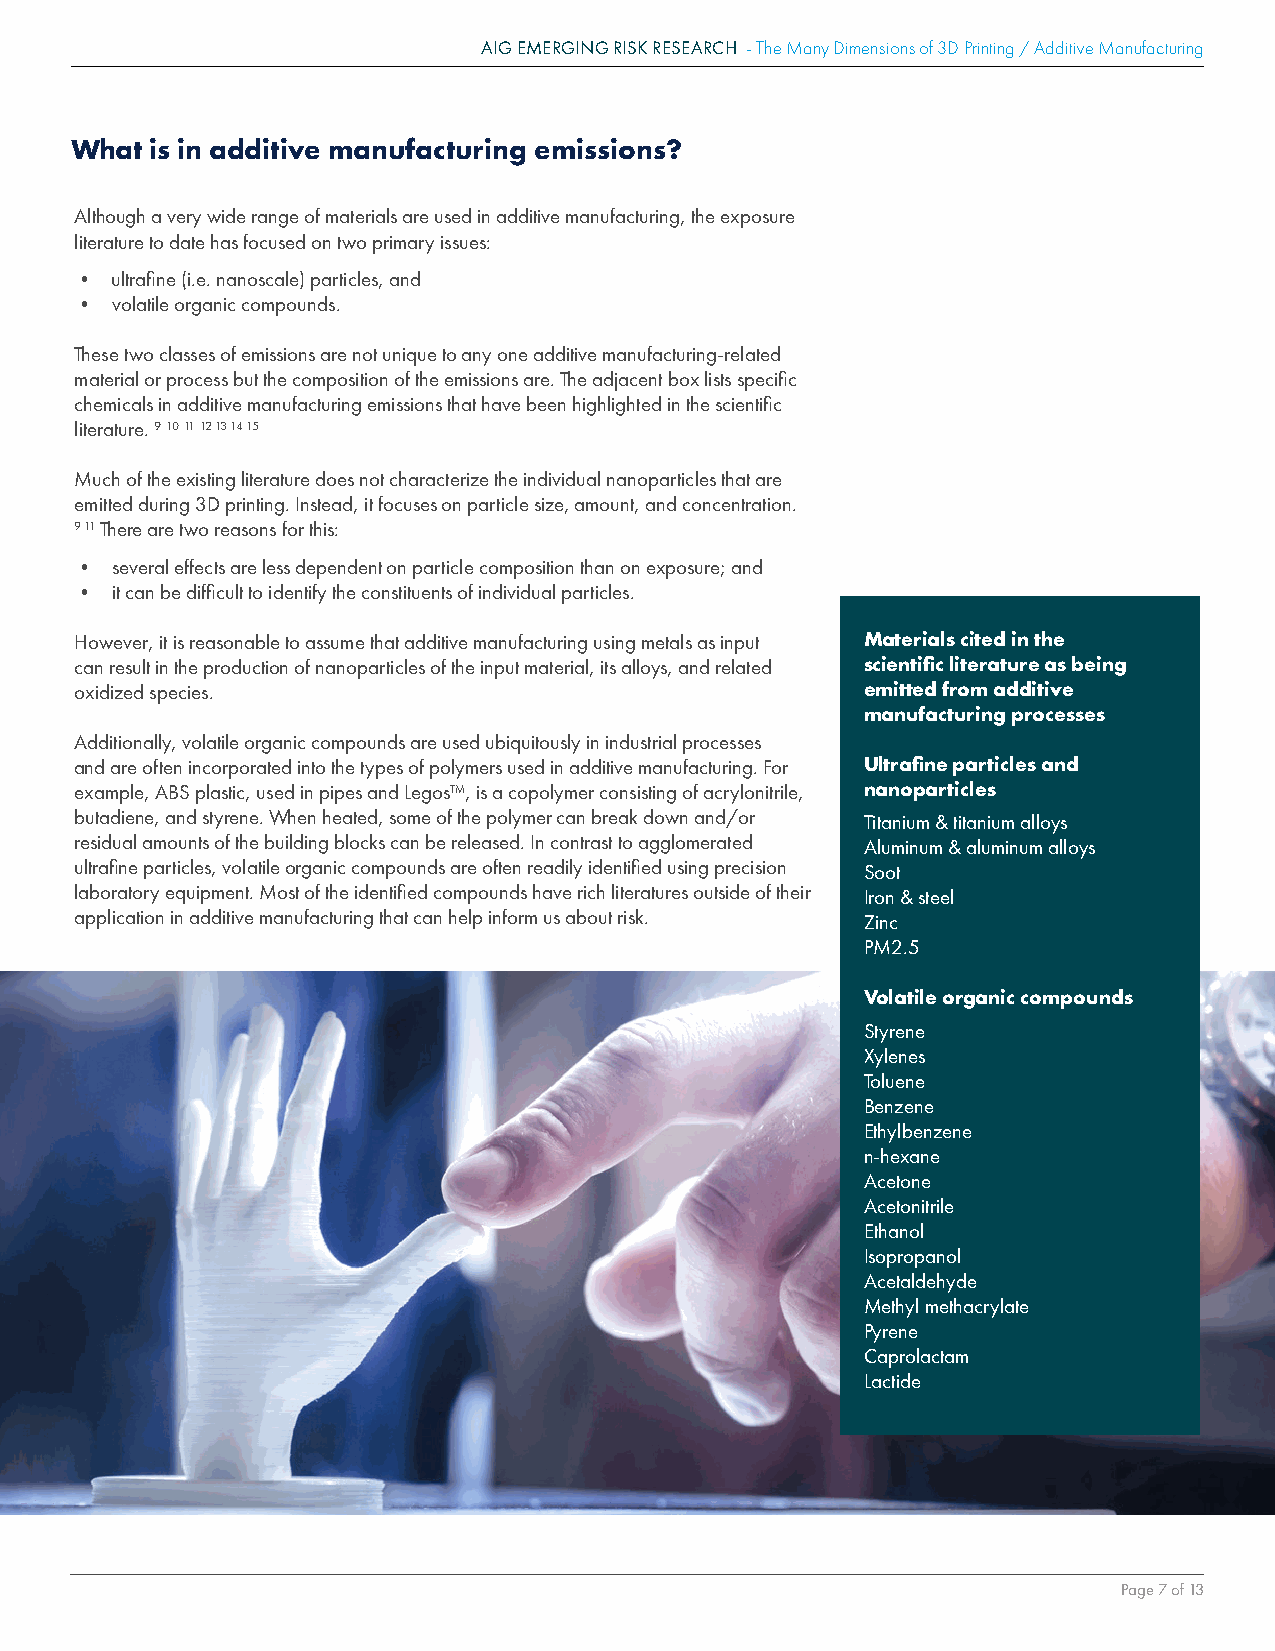
AIG EMERGING RISK RESEARCH - The Many Dimensions of 3D Printing / Additive Manufacturing
 What is in additive manufacturing emissions?
 Although a very wide range of materials are used in additive manufacturing, the exposure
 literature to date has focused on two primary issues:
 • ultrafine (i.e. nanoscale) particles, and
 • volatile organic compounds.
 These two classes of emissions are not unique to any one additive manufacturing-related
 material or process but the composition of the emissions are. The adjacent box lists specific
 chemicals in additive manufacturing emissions that have been highlighted in the scientific
 literature. ₉ 10 11 12 13 14 15
 Much of the existing literature does not characterize the individual nanoparticles that are
 emitted during 3D printing. Instead, it focuses on particle size, amount, and concentration.
 9 11 There are two reasons for this:
 • several effects are less dependent on particle composition than on exposure; and
 • it can be difficult to identify the constituents of individual particles.
 However, it is reasonable to assume that additive manufacturing using metals as input Materials cited in the
 can result in the production of nanoparticles of the input material, its alloys, and related scientific literature as being
 oxidized species.                                   emitted from additive
 manufacturing processes
 Additionally, volatile organic compounds are used ubiquitously in industrial processes
 and are often incorporated into the types of polymers used in additive manufacturing. For Ultrafine particles and
 example, ABS plastic, used in pipes and Legos™, is a copolymer consisting of acrylonitrile, nanoparticles
 butadiene, and styrene. When heated, some of the polymer can break down and/or Titanium & titanium alloys
 residual amounts of the building blocks can be released. In contrast to agglomerated Aluminum & aluminum alloys
 ultrafine particles, volatile organic compounds are often readily identified using precision Soot
 laboratory equipment. Most of the identified compounds have rich literatures outside of their Iron & steel
 application in additive manufacturing that can help inform us about risk. Zinc
 PM2.5
 Volatile organic compounds
 Styrene
 Xylenes
 Toluene
 Benzene
 Ethylbenzene
 n-hexane
 Acetone
 Acetonitrile
 Ethanol
 Isopropanol
 Acetaldehyde
 Methyl methacrylate
 Pyrene
 Caprolactam
 Lactide
 Page 7 of 13